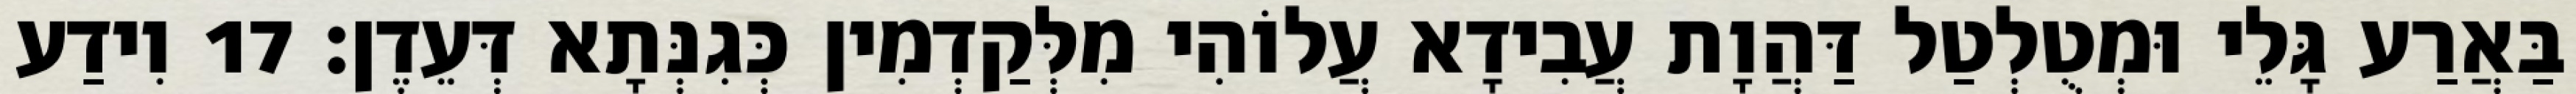
בַּאֲרַע גָּלֵי וּמְטֻלְטַל דַּהֲוָת עֲבִידָא עֲלוֹהִי מִלְּקַדְמִין כְּגִנְּתָא דְּעֵדֶן׃ 17 וִידַע